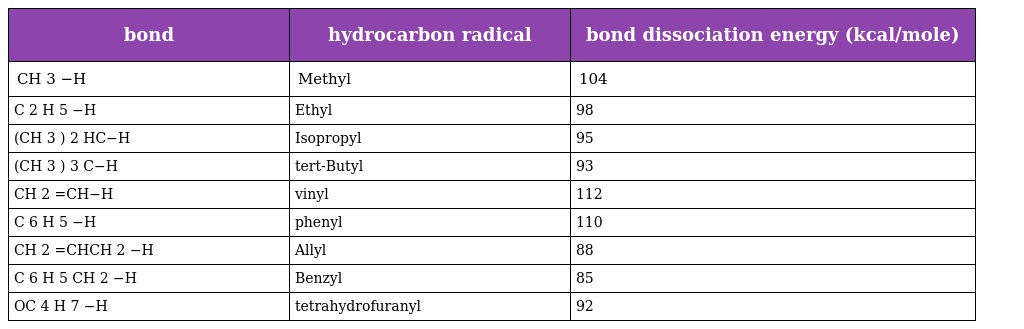
| bond | hydrocarbon radical | bond dissociation energy (kcal/mole) |
 | --- | --- | --- |
 | CH 3 −H | Methyl | 104 |
 | C 2 H 5 −H | Ethyl | 98 |
 | (CH 3 ) 2 HC−H | Isopropyl | 95 |
 | (CH 3 ) 3 C−H | tert-Butyl | 93 |
 | CH 2 =CH−H | vinyl | 112 |
 | C 6 H 5 −H | phenyl | 110 |
 | CH 2 =CHCH 2 −H | Allyl | 88 |
 | C 6 H 5 CH 2 −H | Benzyl | 85 |
 | OC 4 H 7 −H | tetrahydrofuranyl | 92 |